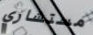
مستشاري